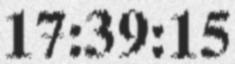
17:39:15